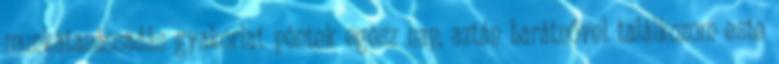
munkatanácsadás gyakorlat péntek egész nap, aztán barátnővel találkozom este